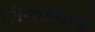
છીનવવાનો